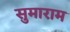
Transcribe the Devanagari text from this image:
सुमाराम